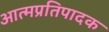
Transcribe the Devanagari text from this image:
आत्मप्रतिपादक